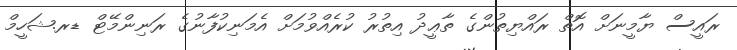
ރައީސް ޔާމީނަށް އޮތް ރައްޔިތުންގެ ތާޢީދު އިތުރު ކުރެއްވުމަށް އެމަނިކުފާނުގެ ރަނިންމޭޓް ޑރ.ޝަހީމް